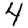
Digit: 4